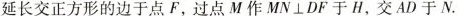
并延长交正方形的边于点F，过点M作MN\bot DF于H，交AD于N.